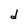
Character: d